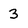
Character: 3